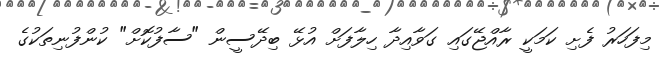
މިފަހަރު ފެށި ކަމަކީ ރާއްޖޭގައި ގަވާއިދާ ހިލާފަށް އުޅޭ ބިދޭސީން "ސާފުކޮށް" ކުންފުނިތަކުގެ